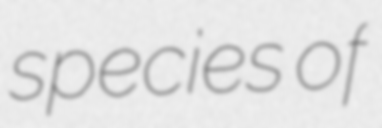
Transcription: species of